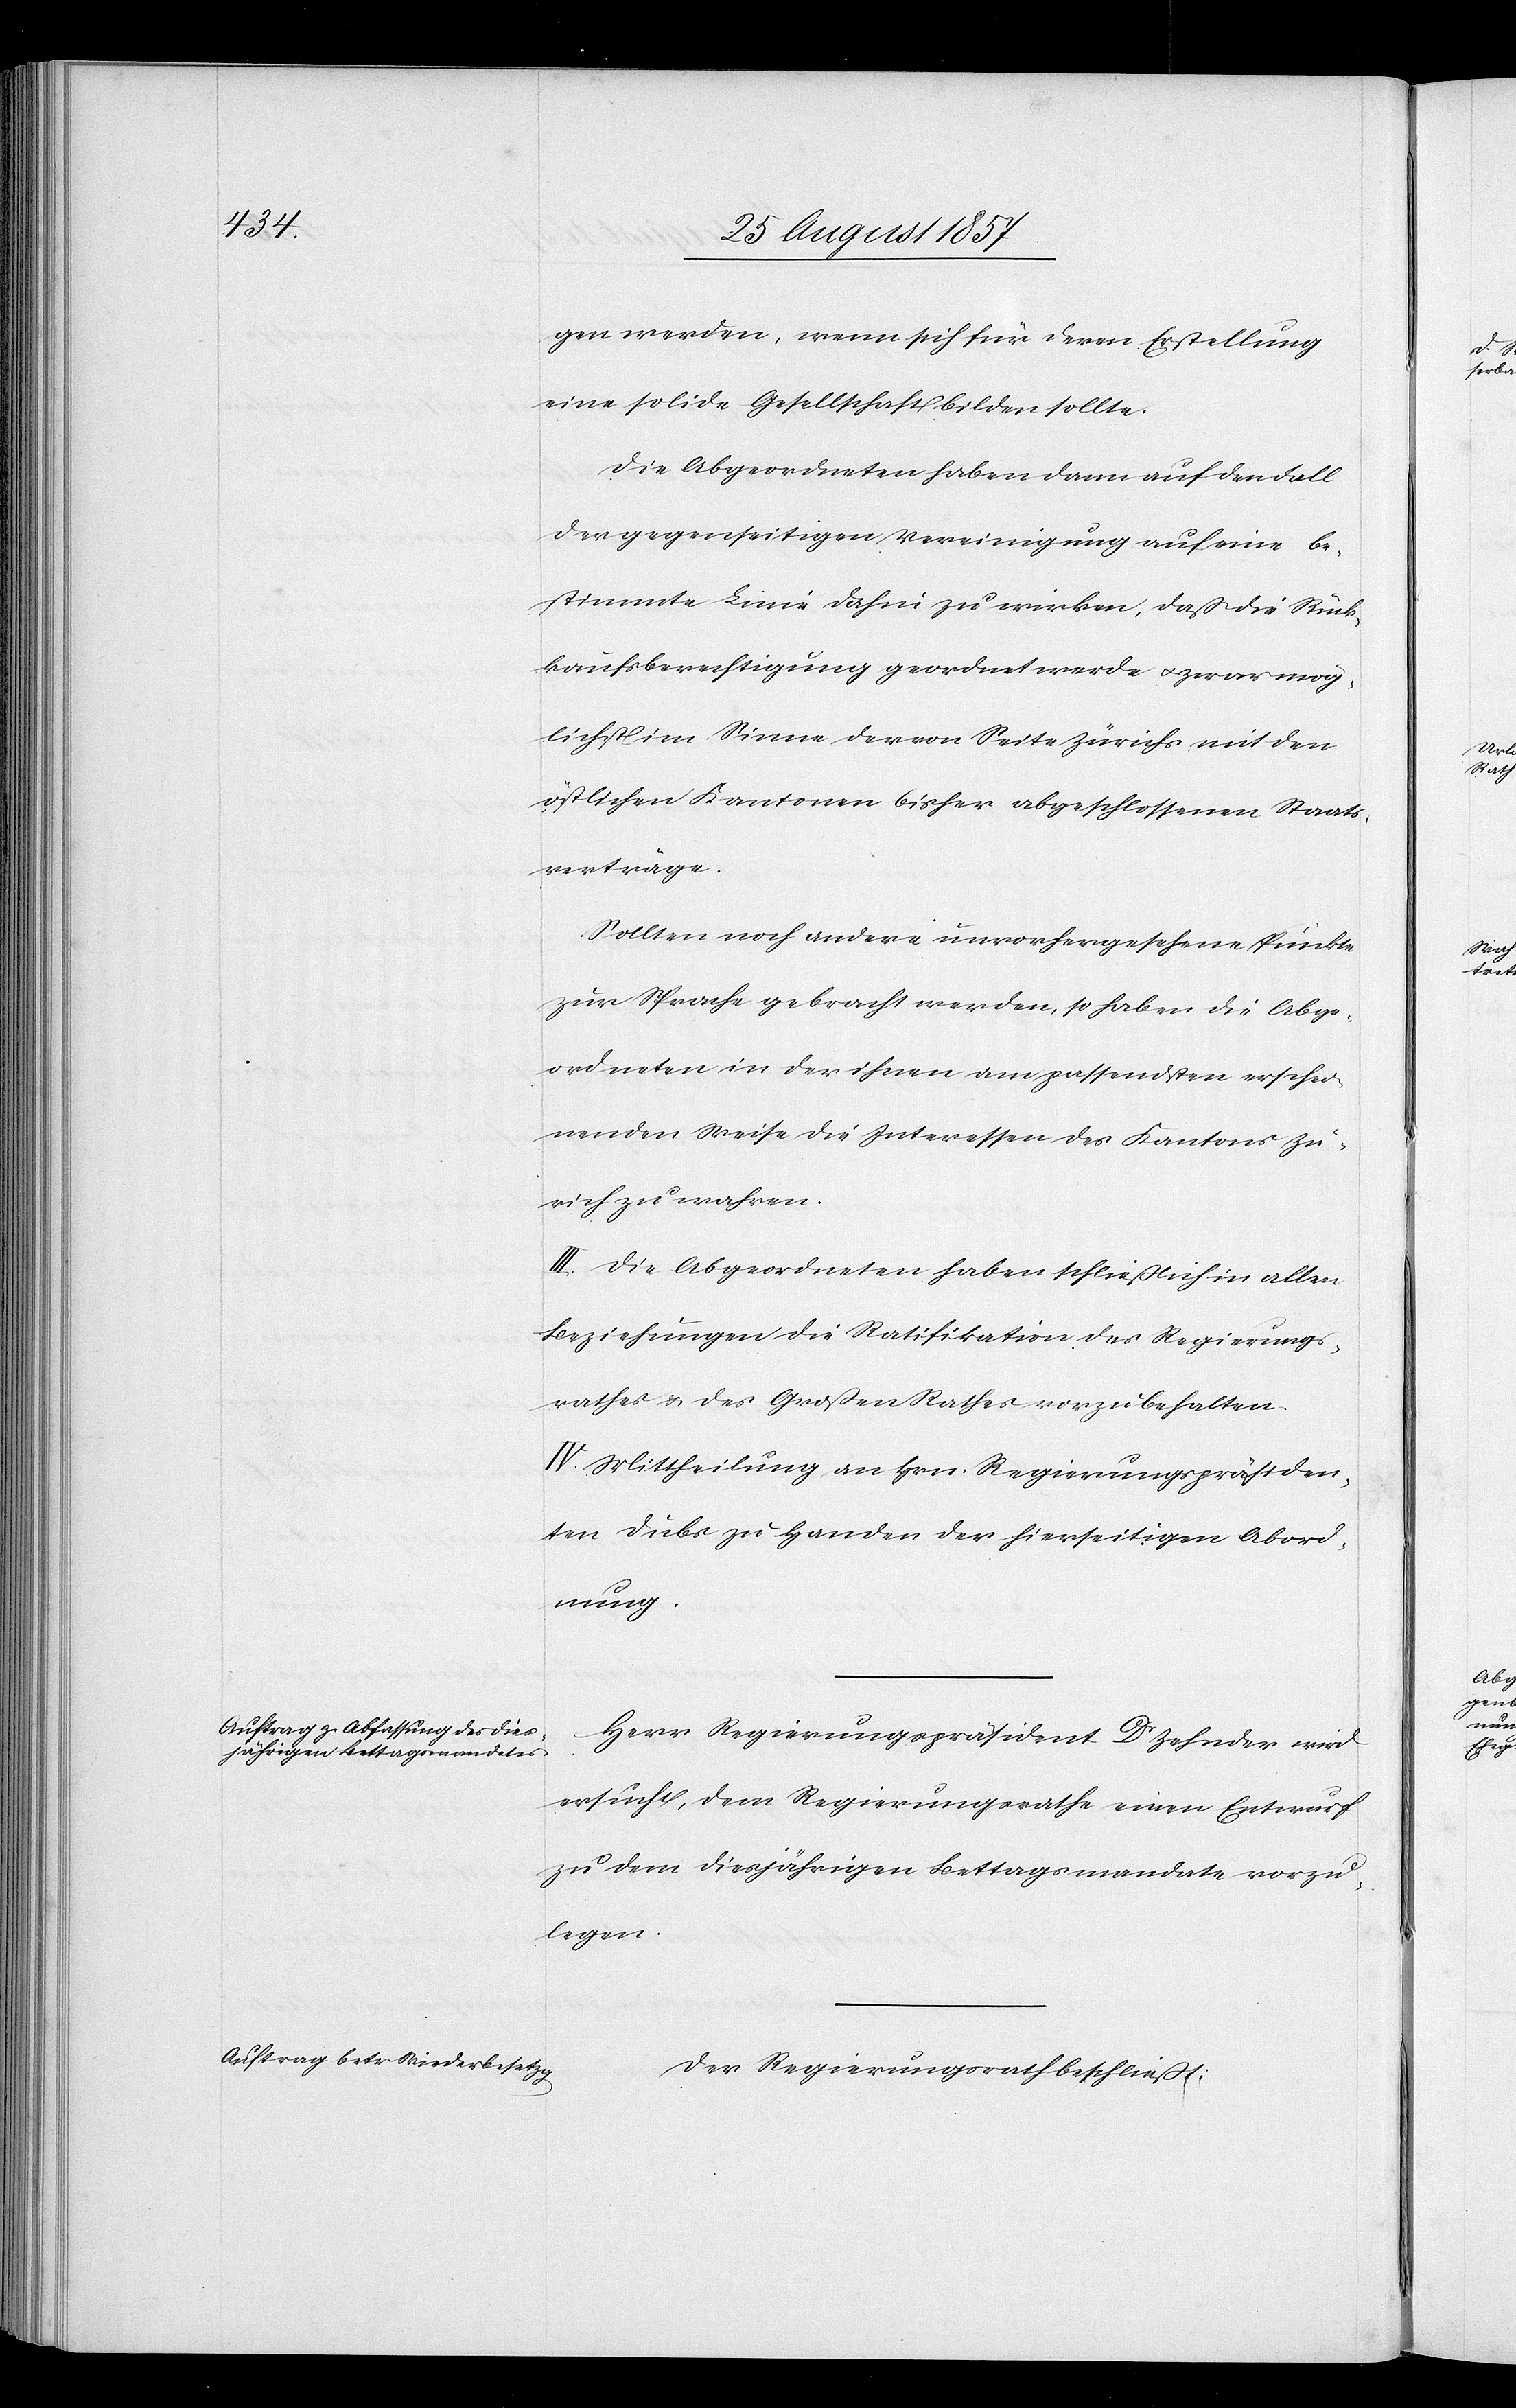
gen würden, wenn sich für deren Erstellung
eine solide Gesellschaft bilden sollte.
Die Abgeordneten haben dann auf den Fall
der gegenseitigen Vereinigung auf eine be¬
stimmte Linie dahin zu wirken, daß die Rück¬
kaufsberechtigung geordnet werde & zwar mög¬
lichst im Sinne der von Seite Zürichs mit den
östlichen Kantonen bisher abgeschlossenen Staats¬
verträge.
Sollten noch andere unvorhergesehene Punkte
zur Sprache gebracht werden, so haben die Abge¬
ordneten in der ihnen am passendsten erschei¬
nenden Weise die Interessen des Kantons Zü¬
rich zu wahren.
III. Die Abgeordneten haben schließlich in allen
Beziehungen die Ratifikation des Regierungs¬
rathes & des Großen Rathes vorzubehalten.
IV. Mittheilung an Hrn. Regierungspräsiden¬
ten Dubs zu Handen der hierseitigen Abord¬
nung.
Herr Regierungspräsident Dr Zehnder wird
ersucht, dem Regierungsrathe einen Entwurf
zu dem diesjährigen Bettagsmandate vorzu¬
legen.
Der Regierungsrath beschließt: